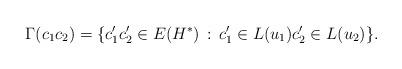
LaTeX: \begin{align*}\Gamma(c_1c_2) = \{c_1'c_2' \in E(H^*) \, : \, c_1'\in L(u_1)c_2'\in L(u_2) \}.\end{align*}